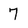
Character: 7